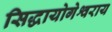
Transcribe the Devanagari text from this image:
सिद्धायोगेश्वराय